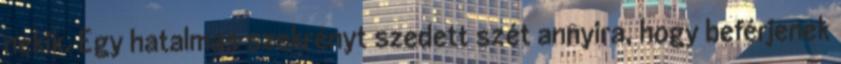
nekik. Egy hatalmas szekrényt szedett szét annyira, hogy beférjenek